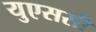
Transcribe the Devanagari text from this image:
युएससी